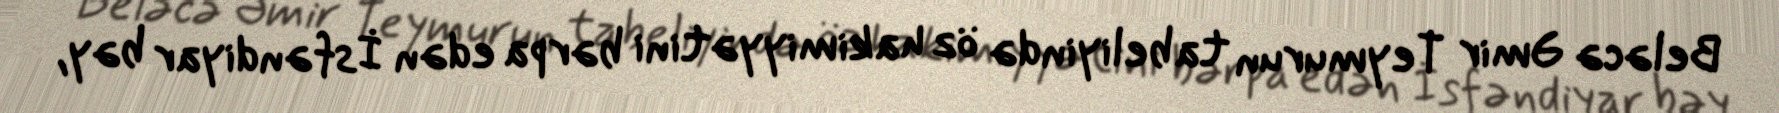
Beləcə Əmir Teymurun tabeliyində öz hakimiyyətini bərpa edən İsfəndiyar bəy,